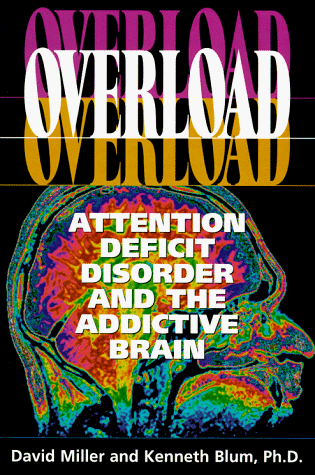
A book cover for Overload: Attention Deficit Disorder and the Addictive Brain; David K. Miller; Parenting & Relationships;